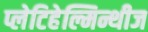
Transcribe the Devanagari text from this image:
प्लेटिहेल्मिन्थीज